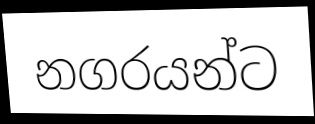
නගරයන්ට